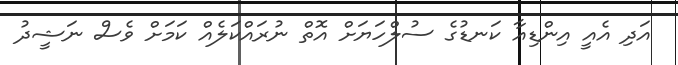
އަދި އެއީ އިންޑިއާ ކަނޑުގެ ސުލްހަޔަށް އޮތް ނުރައްކަލެއް ކަމަށް ވެސް ނަޝީދު